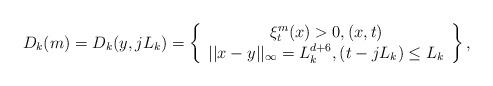
LaTeX: \begin{align*}D_{k}(m) = D_{k}(y,jL_{k}) = \left\{ \begin{array}{c} \xi_{t}^{m}(x)>0, (x,t) \\ ||x-y||_{\infty}=L_{k}^{d+6}, (t-jL_{k}) \leq L_{k} \end{array} \right\},\end{align*}